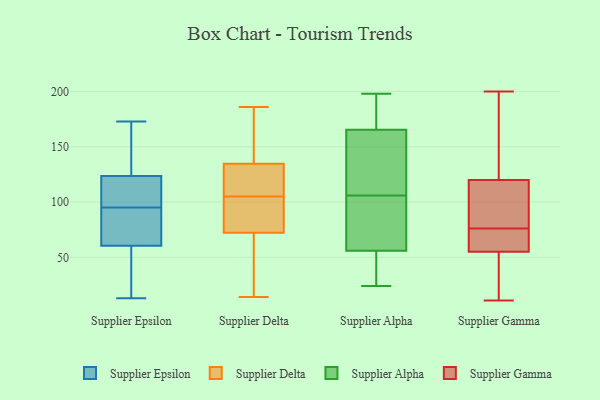
{"axis": {"x": "Bounce Rate (%)", "y": "Value"}, "legend": ["Supplier Alpha", "Supplier Delta", "Supplier Epsilon", "Supplier Gamma"], "data": [{"x": "", "y": 99, "type": "Supplier Epsilon"}, {"x": "", "y": 141, "type": "Supplier Epsilon"}, {"x": "", "y": 170, "type": "Supplier Epsilon"}, {"x": "", "y": 40, "type": "Supplier Epsilon"}, {"x": "", "y": 172, "type": "Supplier Epsilon"}, {"x": "", "y": 25, "type": "Supplier Epsilon"}, {"x": "", "y": 173, "type": "Supplier Epsilon"}, {"x": "", "y": 83, "type": "Supplier Epsilon"}, {"x": "", "y": 96, "type": "Supplier Epsilon"}, {"x": "", "y": 94, "type": "Supplier Epsilon"}, {"x": "", "y": 100, "type": "Supplier Epsilon"}, {"x": "", "y": 105, "type": "Supplier Epsilon"}, {"x": "", "y": 64, "type": "Supplier Epsilon"}, {"x": "", "y": 78, "type": "Supplier Epsilon"}, {"x": "", "y": 57, "type": "Supplier Epsilon"}, {"x": "", "y": 46, "type": "Supplier Epsilon"}, {"x": "", "y": 106, "type": "Supplier Epsilon"}, {"x": "", "y": 13, "type": "Supplier Epsilon"}, {"x": "", "y": 74, "type": "Supplier Epsilon"}, {"x": "", "y": 145, "type": "Supplier Epsilon"}, {"x": "", "y": 147, "type": "Supplier Delta"}, {"x": "", "y": 147, "type": "Supplier Delta"}, {"x": "", "y": 44, "type": "Supplier Delta"}, {"x": "", "y": 98, "type": "Supplier Delta"}, {"x": "", "y": 155, "type": "Supplier Delta"}, {"x": "", "y": 186, "type": "Supplier Delta"}, {"x": "", "y": 25, "type": "Supplier Delta"}, {"x": "", "y": 105, "type": "Supplier Delta"}, {"x": "", "y": 73, "type": "Supplier Delta"}, {"x": "", "y": 89, "type": "Supplier Delta"}, {"x": "", "y": 137, "type": "Supplier Delta"}, {"x": "", "y": 124, "type": "Supplier Delta"}, {"x": "", "y": 18, "type": "Supplier Delta"}, {"x": "", "y": 105, "type": "Supplier Delta"}, {"x": "", "y": 14, "type": "Supplier Delta"}, {"x": "", "y": 72, "type": "Supplier Delta"}, {"x": "", "y": 116, "type": "Supplier Delta"}, {"x": "", "y": 77, "type": "Supplier Delta"}, {"x": "", "y": 128, "type": "Supplier Delta"}, {"x": "", "y": 132, "type": "Supplier Alpha"}, {"x": "", "y": 177, "type": "Supplier Alpha"}, {"x": "", "y": 106, "type": "Supplier Alpha"}, {"x": "", "y": 54, "type": "Supplier Alpha"}, {"x": "", "y": 27, "type": "Supplier Alpha"}, {"x": "", "y": 87, "type": "Supplier Alpha"}, {"x": "", "y": 24, "type": "Supplier Alpha"}, {"x": "", "y": 198, "type": "Supplier Alpha"}, {"x": "", "y": 68, "type": "Supplier Alpha"}, {"x": "", "y": 62, "type": "Supplier Alpha"}, {"x": "", "y": 34, "type": "Supplier Alpha"}, {"x": "", "y": 186, "type": "Supplier Alpha"}, {"x": "", "y": 174, "type": "Supplier Alpha"}, {"x": "", "y": 140, "type": "Supplier Alpha"}, {"x": "", "y": 129, "type": "Supplier Alpha"}, {"x": "", "y": 120, "type": "Supplier Gamma"}, {"x": "", "y": 189, "type": "Supplier Gamma"}, {"x": "", "y": 134, "type": "Supplier Gamma"}, {"x": "", "y": 73, "type": "Supplier Gamma"}, {"x": "", "y": 59, "type": "Supplier Gamma"}, {"x": "", "y": 121, "type": "Supplier Gamma"}, {"x": "", "y": 37, "type": "Supplier Gamma"}, {"x": "", "y": 49, "type": "Supplier Gamma"}, {"x": "", "y": 119, "type": "Supplier Gamma"}, {"x": "", "y": 55, "type": "Supplier Gamma"}, {"x": "", "y": 11, "type": "Supplier Gamma"}, {"x": "", "y": 21, "type": "Supplier Gamma"}, {"x": "", "y": 200, "type": "Supplier Gamma"}, {"x": "", "y": 79, "type": "Supplier Gamma"}, {"x": "", "y": 64, "type": "Supplier Gamma"}, {"x": "", "y": 90, "type": "Supplier Gamma"}, {"x": "", "y": 107, "type": "Supplier Gamma"}, {"x": "", "y": 73, "type": "Supplier Gamma"}]}